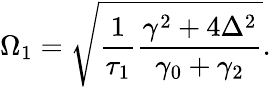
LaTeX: \Omega_{1}=\sqrt{\frac{1}{\tau_{1}}\frac{\gamma^{2}+4\Delta^{2}}{\gamma_{0}+\gamma_{2}}}.